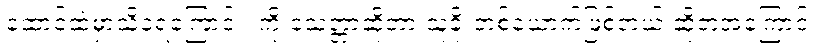
ထောင်ထဲမှာသိခဲ့ရကြောင်း၊ ကို သေတ္တာဆိုတာ သူခိုးတစ်ယောက်ဖြစ်တယ် ဆိုတဲ့အကြောင်း၊